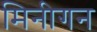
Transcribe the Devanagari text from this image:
मिनीगन